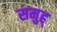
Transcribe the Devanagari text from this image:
समुह्